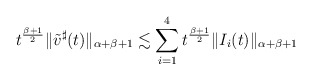
\begin{align*}t^{\frac{\beta+1}{2}}\|\tilde v^\sharp(t)\|_{\alpha+\beta+1}\lesssim \sum_{i=1}^4 t^{\frac{\beta+1}{2}}\|I_i(t)\|_{\alpha+\beta+1}\end{align*}